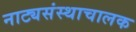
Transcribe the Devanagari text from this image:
नाट्यसंस्थाचालक